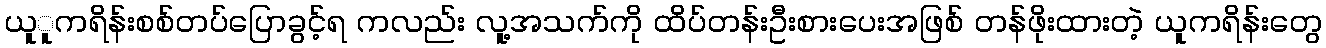
ယူူကရိန်းစစ်တပ်ပြောခွင့်ရ ကလည်း လူ့အသက်ကို ထိပ်တန်းဦးစားပေးအဖြစ် တန်ဖိုးထားတဲ့ ယူကရိန်းတွေ